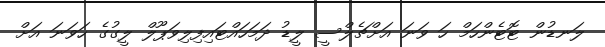
ލަނޑުން ޓޮޓެންހަމް ހަ ވަނަ އަށްޗެލްސީ ލީޑު ދަމަހައްޓައިފިލިވަޕޫލް ލީގުގެ ހަވަނަ އަށް